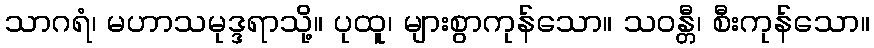
သာဂရံ၊ မဟာသမုဒ္ဒရာသို့။ ပုထူ၊ များစွာကုန်သော။ သဝန္တီ၊ စီးကုန်သော။